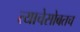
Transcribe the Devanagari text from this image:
त्याचेसोबतच